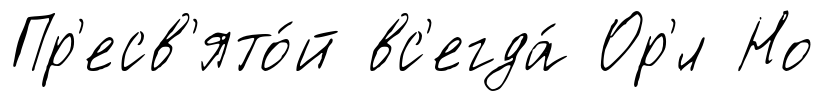
Пр'есв'ято́й вс'егда́ Ор'́л Но